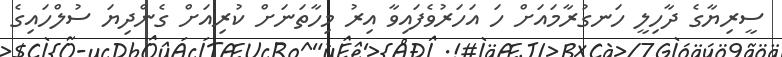
ސީރިޔާގެ ދާހިލީ ހަނގުރާމައަށް ހަ އަހަރުވެފައިވާ އިރު މިހާތަނަށް ކުރިއަށް ގެންދިޔަ ސުލްހައިގެ